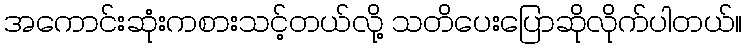
အကောင်းဆုံးကစားသင့်တယ်လို့ သတိပေးပြောဆိုလိုက်ပါတယ်။